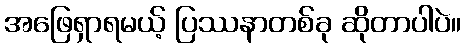
အဖြေရှာရမယ့် ပြဿနာတစ်ခု ဆိုတာပါပဲ။